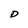
Character: D